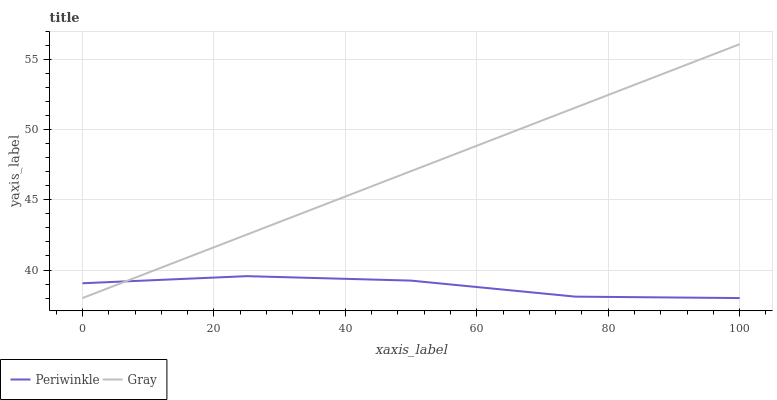
| xaxis_label | Periwinkle | Gray |
 | --- | --- | --- |
 | 0 | 39.1 | 38 |
 | 25 | 39.6 | 42.5 |
 | 50 | 39.2 | 47.1 |
 | 75 | 38.1 | 51.6 |
 | 100 | 38 | 56.1 |